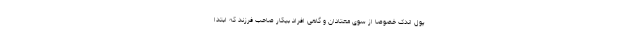
پول اندک خصوصا از سوی معتادان و گاهی افراد بیکار صاحب فرزند که ابتدا